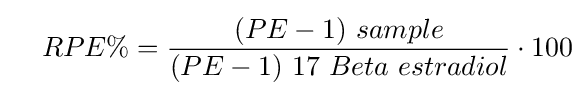
\quad RPE\%={(PE-1)\ sample \over (PE-1)\ 17\ Beta\ estradiol}\cdot 100